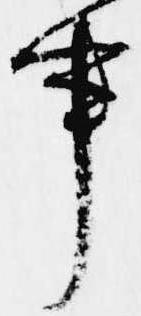
事